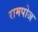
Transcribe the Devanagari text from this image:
रामपोज